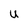
Character: U